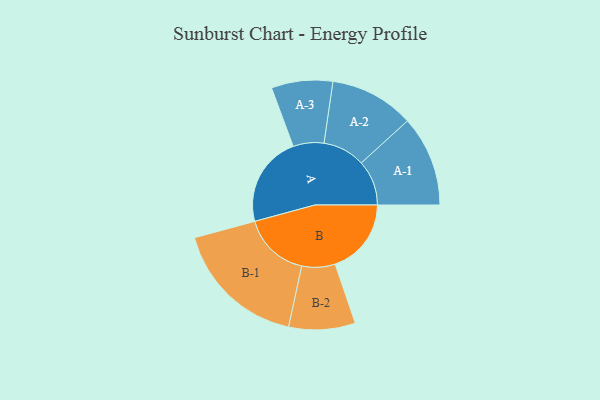
{"axis": {"x": "Segment", "y": "Value"}, "legend": ["", "A", "B"], "data": [{"x": "A", "y": 385, "type": ""}, {"x": "B", "y": 323, "type": ""}, {"x": "A-1", "y": 192, "type": "A"}, {"x": "A-2", "y": 179, "type": "A"}, {"x": "A-3", "y": 130, "type": "A"}, {"x": "B-1", "y": 284, "type": "B"}, {"x": "B-2", "y": 141, "type": "B"}]}